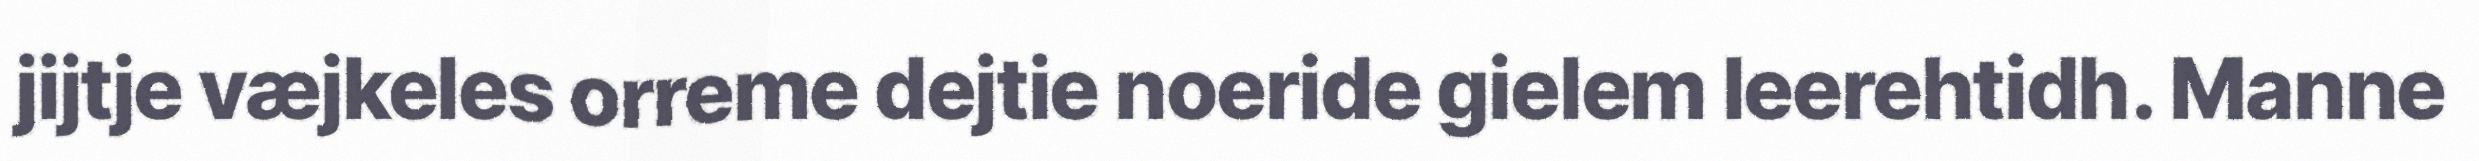
jijtje væjkeles orreme dejtie noeride gielem leerehtidh. Manne